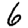
Digit: 6